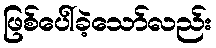
ဖြစ်ပေါ်ခဲ့သော်လည်း